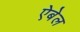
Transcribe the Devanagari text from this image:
ऐबेल